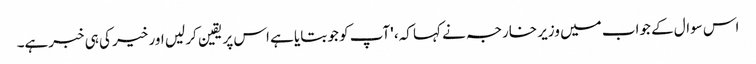
اس سوال کے جواب میں وزیر خارجہ نے کہا کہ، 'آپ کو جو بتایا ہے اس پر یقین کر لیں اور خیر کی ہی خبرہے۔